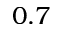
0 . 7